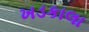
ખડકાલા